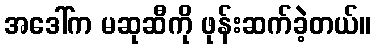
အဒေါ်က မဆုဆီကို ဖုန်းဆက်ခဲ့တယ်။